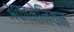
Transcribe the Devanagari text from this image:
अकामेनियन